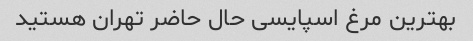
بهترین مرغ اسپایسی حال حاضر تهران هستید